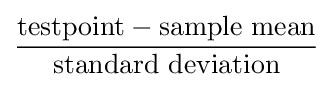
{\frac {{\text{testpoint}}-{\text{sample mean}}}{\text{standard deviation}}}